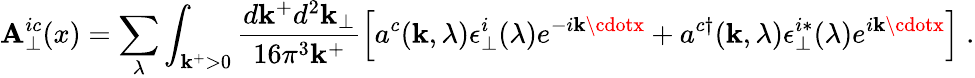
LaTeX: \mathbf{A}_{\perp}^{ic}(x)=\sum_{\lambda}\int_{\mathbf{k}^{+}>0}{\frac{{d\mathbf{k}^{+}d^{2}\mathbf{k}_{\perp}}}{{16\pi^{3}\mathbf{k}^{+}}}}\Bigl[a^{c}(\mathbf{k},\lambda)\epsilon_{\perp}^{i}(\lambda)e^{-i\mathbf{k}\cdotx}+a^{c\dagger}(\mathbf{k},\lambda)\epsilon_{\perp}^{i*}(\lambda)e^{i\mathbf{k}\cdotx}\Bigr]\; .